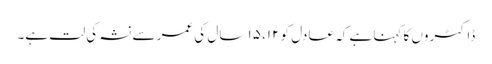
ڈاکٹروں کا کہنا ہے کہ عادل کو ۱۲، ۱۵ سال کی عمر سے نشہ کی لت ہے۔